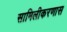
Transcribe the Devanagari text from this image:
सामिलीकरणास